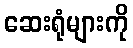
ဆေးရုံများကို